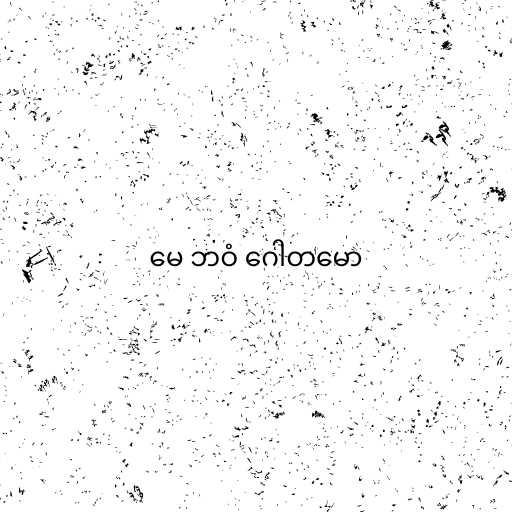
မေ ဘဝံ ဂေါတမော